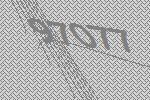
97077